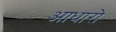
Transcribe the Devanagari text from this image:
आधारो